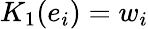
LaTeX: K_{1}(e_{i})=w_{i}